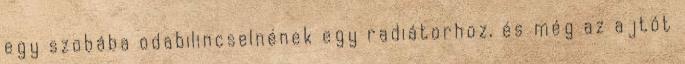
egy szobába odabilincselnének egy radiátorhoz, és még az ajtót